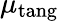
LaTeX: \mu_{\mathrm{tang}}